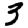
Digit: 3